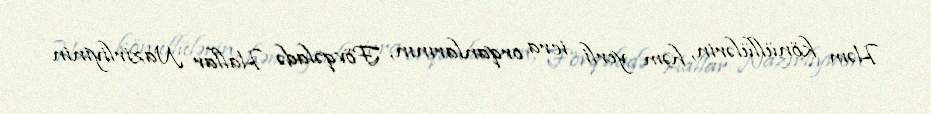
Həm könüllülərin, həm yerli icra orqanlarının, Fövqəladə Hallar Nazirliyinin